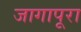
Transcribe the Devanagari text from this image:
जागापूरा